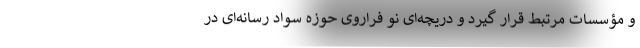
و مؤسسات مرتبط قرار گیرد و دریچه‌ای نو فراروی حوزه سواد رسانه‌ای در